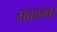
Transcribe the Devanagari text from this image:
मॅकॉम्बर